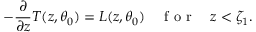
- \frac { \partial } { \partial z } T ( z , \theta _ { 0 } ) = L ( z , \theta _ { 0 } ) \quad \mathrm { ~ f ~ o ~ r ~ } \quad z < \zeta _ { 1 } .